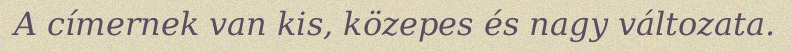
A címernek van kis, közepes és nagy változata.